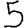
Digit: 5